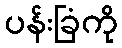
ပန်းခြံကို